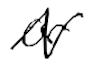
Text: or
Cross-out: zig-zag
Writing tool: digital_black